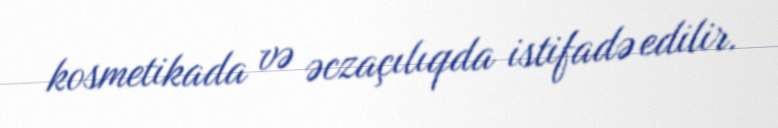
kosmetikada və əczaçılıqda istifadə edilir.